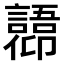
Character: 𫤋